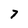
Character: 7